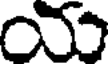
య